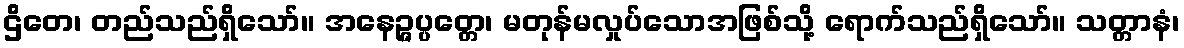
ဌိတေ၊ တည်သည်ရှိသော်။ အနေဉ္ဇပ္ပတ္တေ၊ မတုန်မလှုပ်သောအဖြစ်သို့ ရောက်သည်ရှိသော်။ သတ္တာနံ၊